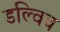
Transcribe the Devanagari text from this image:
डल्विच